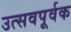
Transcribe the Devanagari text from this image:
उत्सवपूर्वक